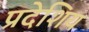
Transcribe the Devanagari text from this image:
प्रदेशिय